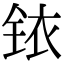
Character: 铱